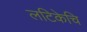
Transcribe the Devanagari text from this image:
लटिकेचि